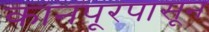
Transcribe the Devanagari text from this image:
कानपूरपासून